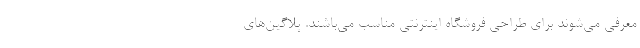
معرفی می‌شوند برای طراحی فروشگاه اینترنتی مناسب می‌باشند. پلاگین‌های